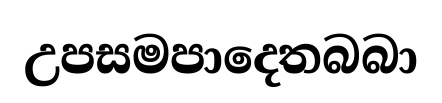
උපසමපාදෙතබබා